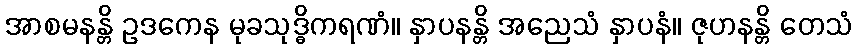
အာစမနန္တိ ဥဒကေန မုခသုဒ္ဓိကရဏံ။ နှာပနန္တိ အညေသံ နှာပနံ။ ဇုဟနန္တိ တေသံ